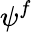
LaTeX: \psi^{f}